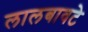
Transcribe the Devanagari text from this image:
लालबावटे